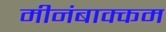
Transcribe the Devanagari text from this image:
मीनंबाक्कम